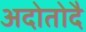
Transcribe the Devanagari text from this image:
अदोतोदै